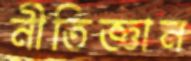
নীতিজ্ঞান